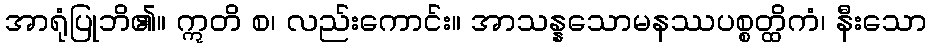
အာရုံပြုဘိ၏။ ဣတိ စ၊ လည်းကောင်း။ အာသန္နသောမနဿပစ္စတ္ထိကံ၊ နီးသော